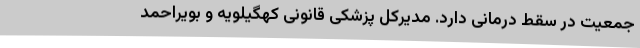
جمعیت در سقط درمانی دارد. مدیرکل پزشکی قانونی کهگیلویه و بویراحمد